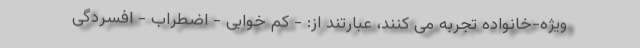
ویژه-خانواده تجربه می کنند، عبارتند از: - کم خوابی - اضطراب - افسردگی